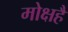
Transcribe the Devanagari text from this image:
मोक्षहै